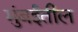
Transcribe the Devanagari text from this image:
मुंबर्इतील